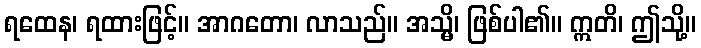
ရထေန၊ ရထားဖြင့်။ အာဂတော၊ လာသည်။ အသ္မိ၊ ဖြစ်ပါ၏။ ဣတိ၊ ဤသို့။